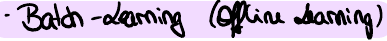
- Batch-Learning (Offline Learning)